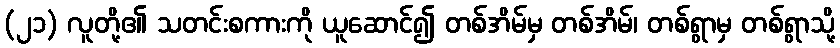
(၂၁) လူတို့၏ သတင်းစကားကို ယူဆောင်၍ တစ်အိမ်မှ တစ်အိမ်၊ တစ်ရွာမှ တစ်ရွာသို့